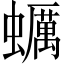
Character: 蠣